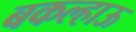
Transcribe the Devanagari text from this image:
बकल्हाऊ